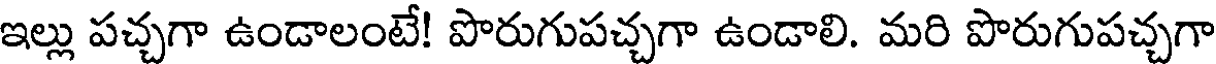
ఇల్లు పచ్చగా ఉండాలంటే! పొరుగుపచ్చగా ఉండాలి. మరి పొరుగుపచ్చగా